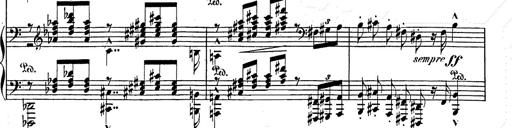
Title: Festvorspiel
Composer: Franz Liszt